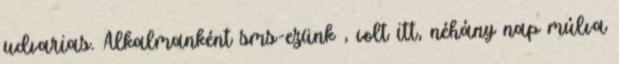
udvarias. Alkalmanként sms-ezünk , volt itt, néhány nap múlva